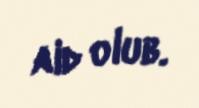
aid olub.